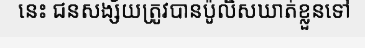
នេះ ជនសង្ស័យត្រូវបានប៉ូលិសឃាត់ខ្លួនទៅ